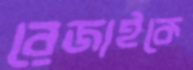
রেজাইকে